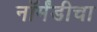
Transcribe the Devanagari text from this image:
नॉर्मंडीचा